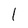
Character: l